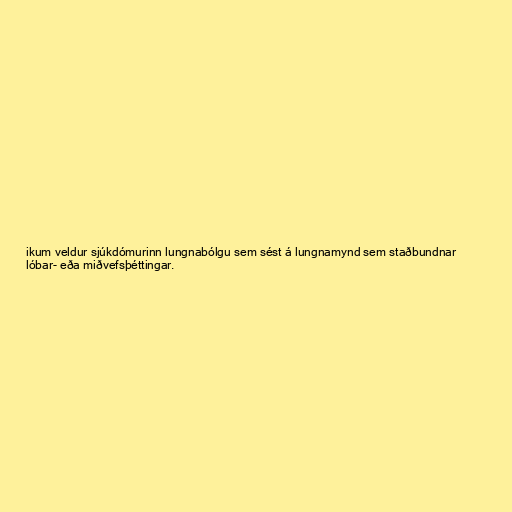
ikum veldur sjúkdómurinn lungnabólgu sem sést á lungnamynd sem staðbundnar
lóbar- eða miðvefsþéttingar.